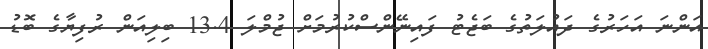
އަންނަ އަހަރުގެ ދައުލަތުގެ ބަޖެޓު ފައިނޭންސްކުރުމަށް ޖުމްލަ 13.4 ބިލިއަން ރުފިޔާގެ ބޮޑު